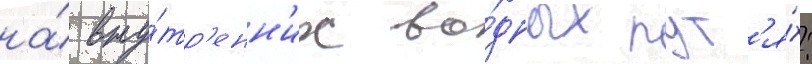
на́ вну́тр'енн'их во́дных пут'я́х: